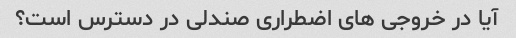
آیا در خروجی های اضطراری صندلی در دسترس است؟